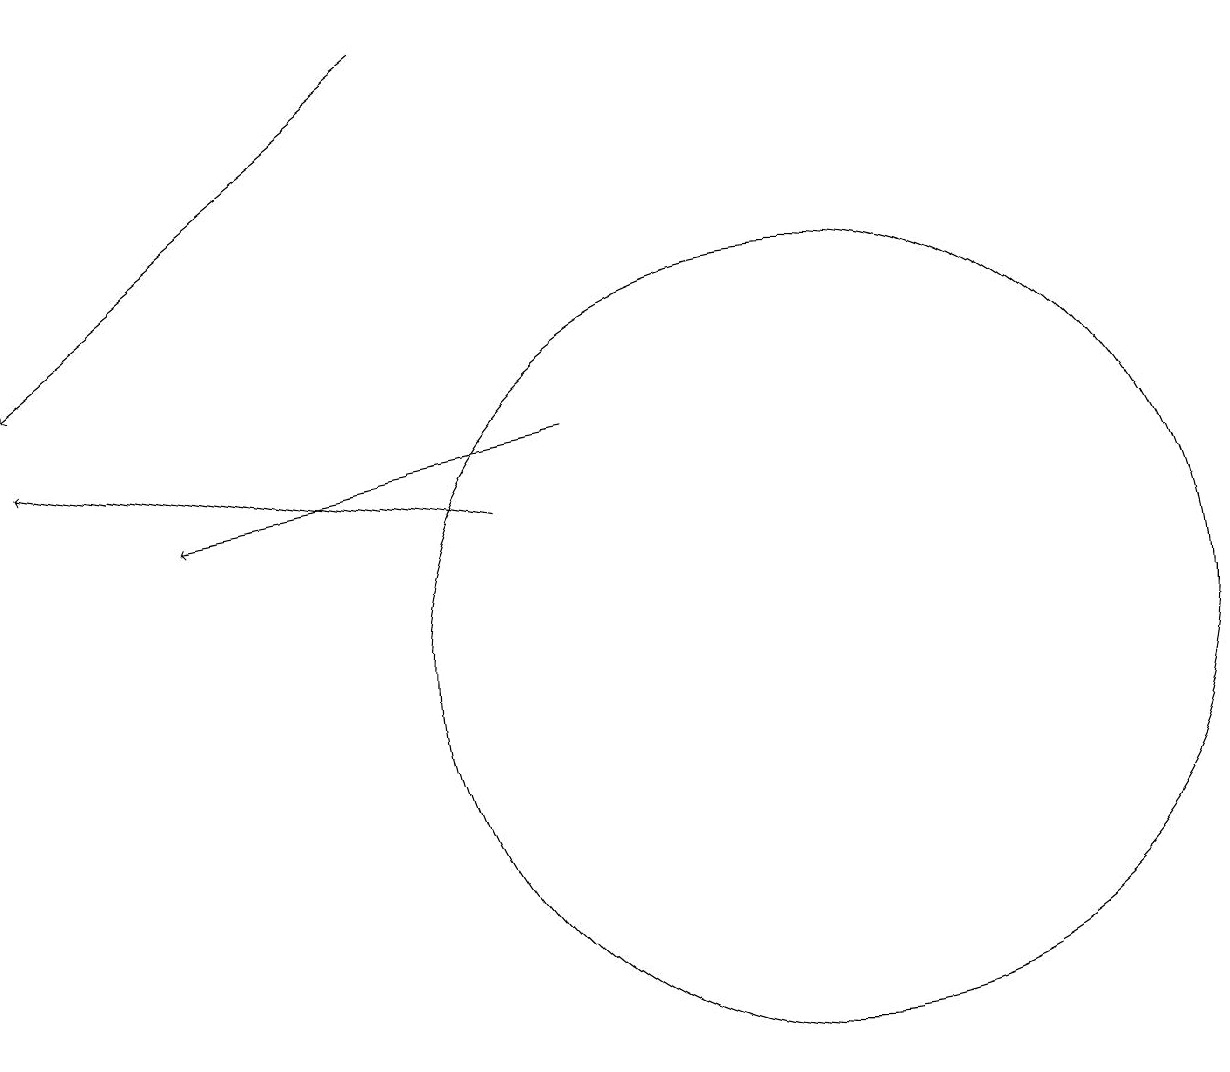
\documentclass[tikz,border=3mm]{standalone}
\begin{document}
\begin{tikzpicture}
\draw (10,11) circle (5);
\draw[->] (5,19) -- (0,15);
\draw[->] (6,13) -- (0,14);
\draw[->] (7,14) -- (2,13);
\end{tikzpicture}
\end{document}